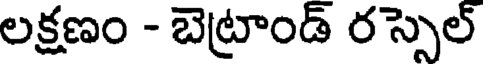
లక్షణం - బెట్రాండ్ రస్సెల్